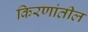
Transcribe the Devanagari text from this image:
किरणांतील